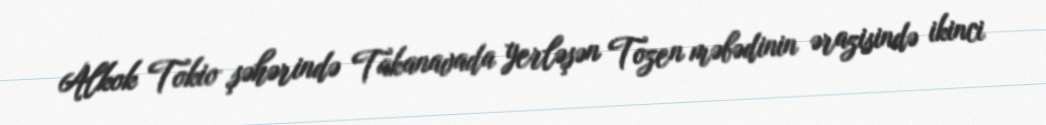
Alkok Tokio şəhərində Takanavada yerləşən Tozen məbədinin ərazisində ikinci